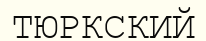
ТЮРКСКИЙ